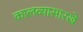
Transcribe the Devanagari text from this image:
कालव्यासारखे